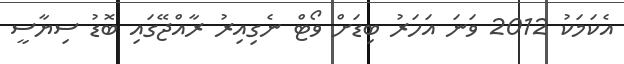
އެކަމަކު 2012 ވަނަ އަހަރު ބިޑަށް ވޯޓް ނެގިއިރު ރާއްޖޭގައި ބޮޑު ސިޔާސީ